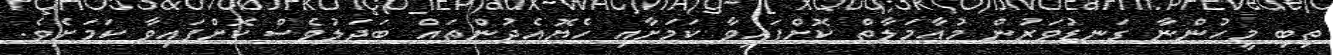
ތިބި މީހުންނާ ގަނޑުވަރުން މުއާމަލާތް ކޮށްފައިވާ ކަމަށާއި ހެޔޮއެދުންތައް ބަދަލުވެސް ކޮށްފައިވާ ކަމަށެވެ.